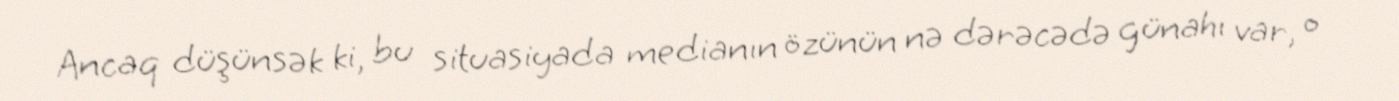
Ancaq düşünsək ki, bu situasiyada medianın özünün nə dərəcədə günahı var, o